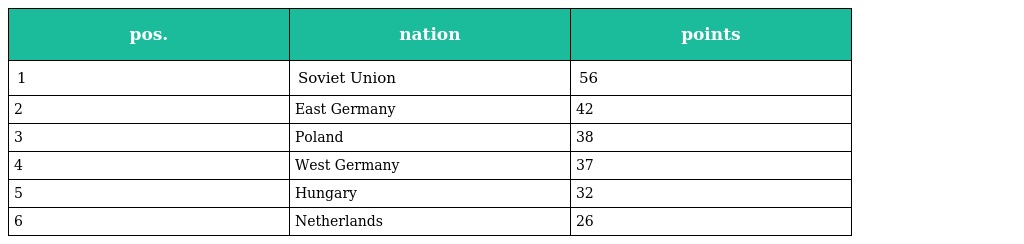
| pos. | nation | points |
 | --- | --- | --- |
 | 1 | Soviet Union | 56 |
 | 2 | East Germany | 42 |
 | 3 | Poland | 38 |
 | 4 | West Germany | 37 |
 | 5 | Hungary | 32 |
 | 6 | Netherlands | 26 |